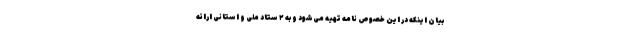
بیان اینکه در این خصوص نامه تهیه می‌شود و به ۲ ستاد ملی و استانی ارائه